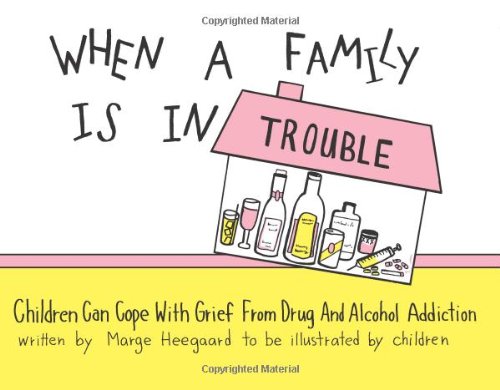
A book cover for When a Family is in Trouble: Children Can Cope with Grief from Drug and Alcohol Addiction; Marge Heegaard; Parenting & Relationships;